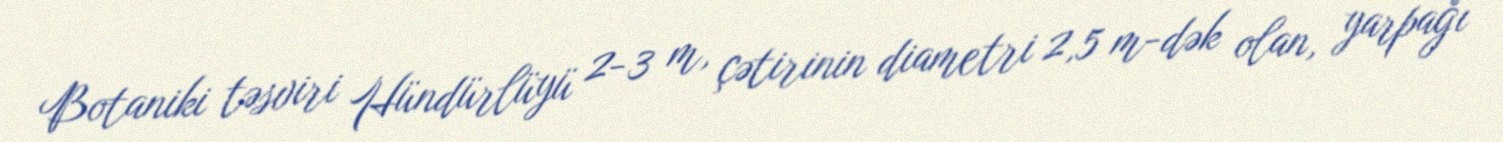
Botaniki təsviri Hündürlüyü 2-3 m, çətirinin diametri 2,5 m-dək olan, yarpağı